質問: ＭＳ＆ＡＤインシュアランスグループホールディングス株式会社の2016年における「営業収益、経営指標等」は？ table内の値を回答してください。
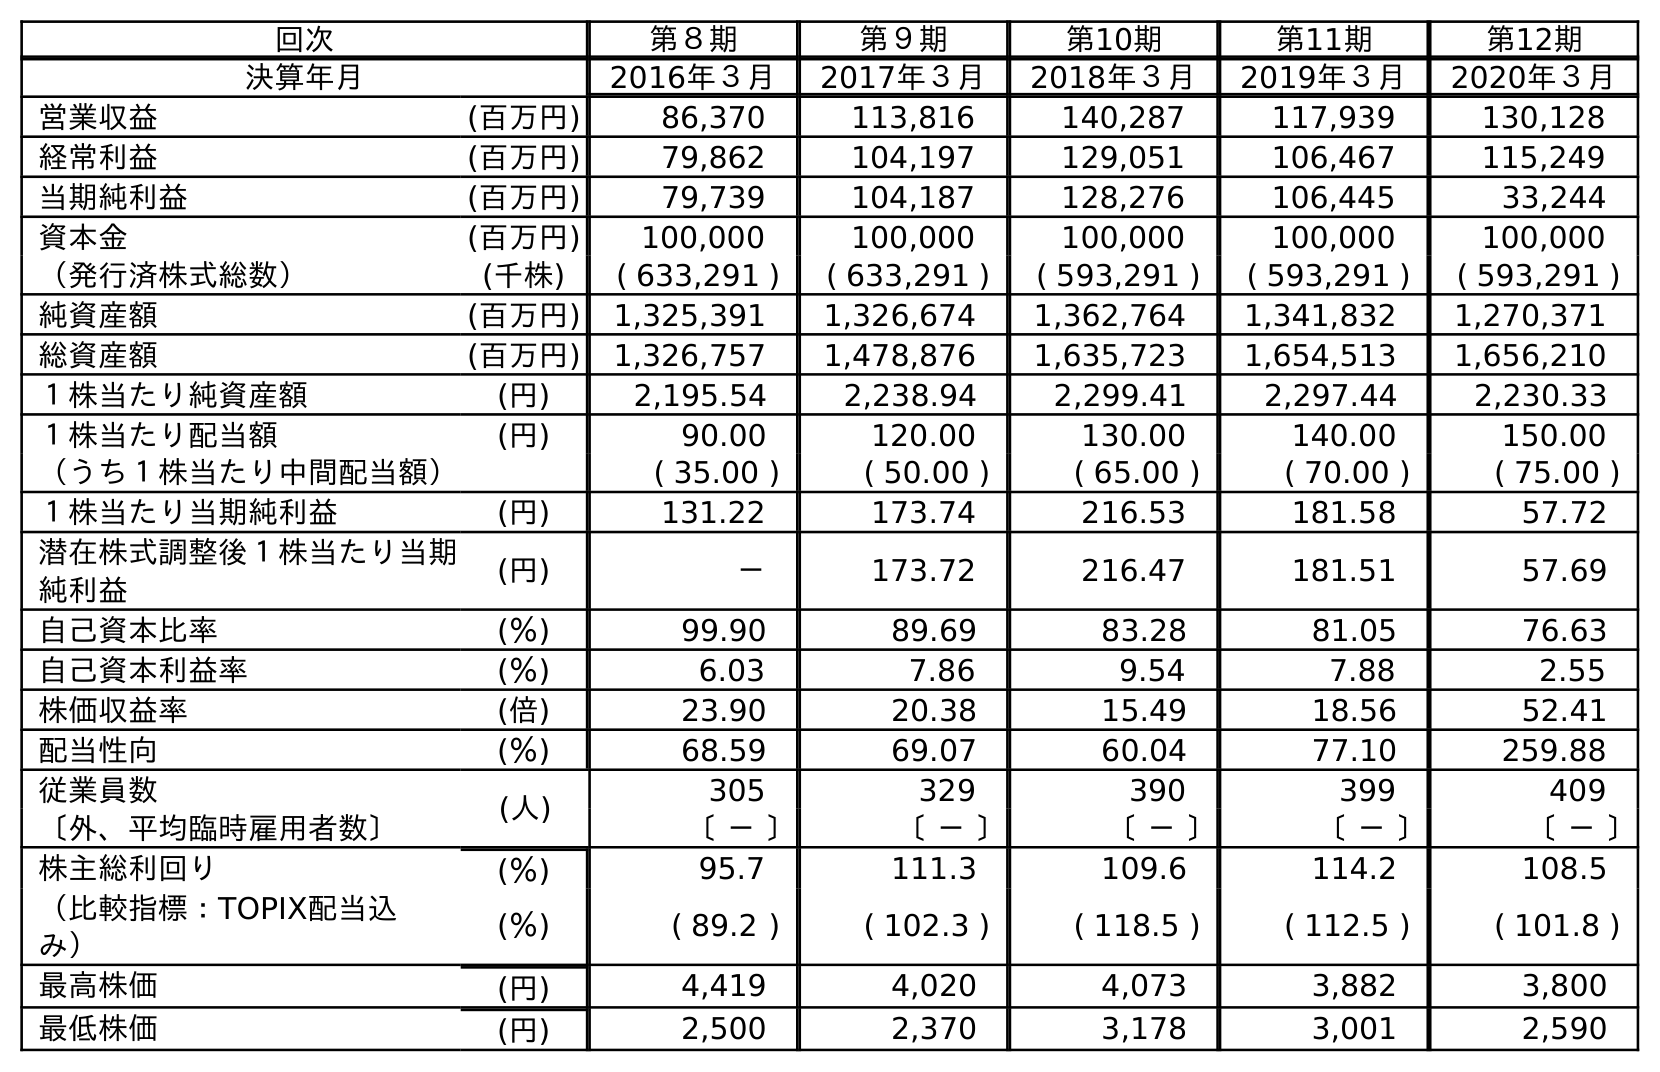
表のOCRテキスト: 回次 第８期 第９期 第10期 第11期 第12期 決算年月 2016年３月 2017年３月 2018年３月 2019年３月 2020年３月 営業収益 (百万円) 86,370 113,816 140,287 117,939 130,128 経常利益 (百万円) 79,862 104,197 129,051 106,467 115,249 当期純利益 (百万円) 79,739 104,187 128,276 106,445 33,244 資本金 (百万円) 100,000 100,000 100,000 100,000 100,000 （発行済株式総数） (千株) ( 633,291 ) ( 633,291 ) ( 593,291 ) ( 593,291 ) ( 593,291 ) 純資産額 (百万円) 1,325,391 1,326,674 1,362,764 1,341,832 1,270,371 総資産額 (百万円) 1,326,757 1,478,876 1,635,723 1,654,513 1,656,210 １株当たり純資産額 (円) 2,195.54 2,238.94 2,299.41 2,297.44 2,230.33 １株当たり配当額 (円) 90.00 120.00 130.00 140.00 150.00 （うち１株当たり中間配当額） ( 35.00 ) ( 50.00 ) ( 65.00 ) ( 70.00 ) ( 75.00 ) １株当たり当期純利益 (円) 131.22 173.74 216.53 181.58 57.72 潜在株式調整後１株当たり当期 純利益 (円) － 173.72 216.47 181.51 57.69 自己資本比率 (％) 99.90 89.69 83.28 81.05 76.63 自己資本利益率 (％) 6.03 7.86 9.54 7.88 2.55 株価収益率 (倍) 23.90 20.38 15.49 18.56 52.41 配当性向 (％) 68.59 69.07 60.04 77.10 259.88 従業員数 (人) 305 329 390 399 409 〔外、平均臨時雇用者数〕 〔 － 〕 〔 － 〕 〔 － 〕 〔 － 〕 〔 － 〕 株主総利回り (％) 95.7 111.3 109.6 114.2 108.5 （比較指標：TOPIX配当込 み） (％) ( 89.2 ) ( 102.3 ) ( 118.5 ) ( 112.5 ) ( 101.8 ) 最高株価 (円) 4,419 4,020 4,073 3,882 3,800 最低株価 (円) 2,500 2,370 3,178 3,001 2,590
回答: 86,370